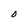
Character: o